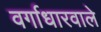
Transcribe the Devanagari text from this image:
वर्गाधारवाले